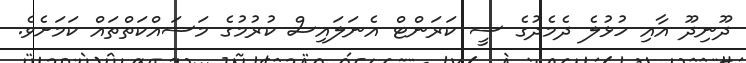
ދޫނިދޫ އާއި ހުޅުލެ ދެމެދުގެ ސީ ކަރަންޓް އެނަލައިސް ކުރުމުގެ މަސައްކަތްތައް ކަމަށެވެ.